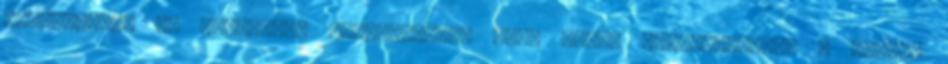
irodalommal is kiemelten foglalkozik, ezek közül jelentősebbek a Weöres